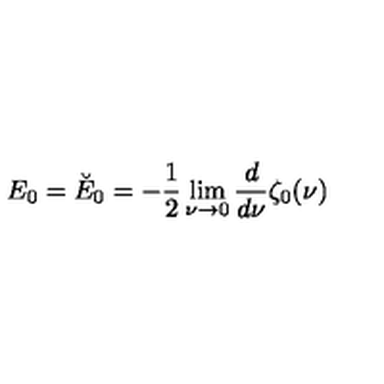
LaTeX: E _ { 0 } = \breve { E } _ { 0 } = - \frac 1 2 \lim _ { \nu \rightarrow 0 } { \frac { d } { d \nu } } \zeta _ { 0 } ( \nu )